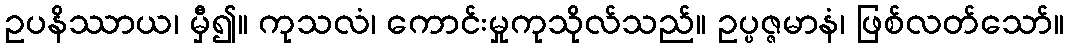
ဥပနိဿာယ၊ မှီ၍။ ကုသလံ၊ ကောင်းမှုကုသိုလ်သည်။ ဥပ္ပဇ္ဇမာနံ၊ ဖြစ်လတ်သော်။